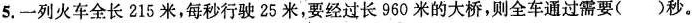
5.一列火车全长215米，每秒行驶25米，要经过长960米的大桥，则全车通过需要 ( )秒。